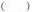
()